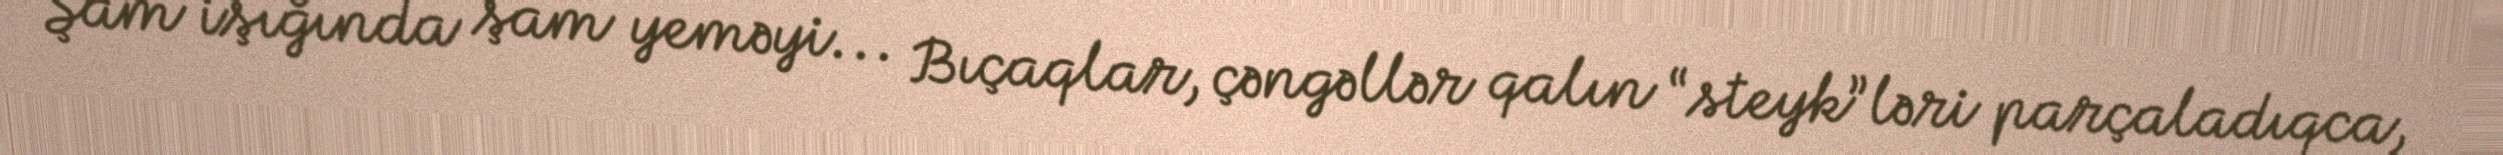
Şam işığında şam yeməyi... Bıçaqlar, çəngəllər qalın “steyk”ləri parçaladıqca,